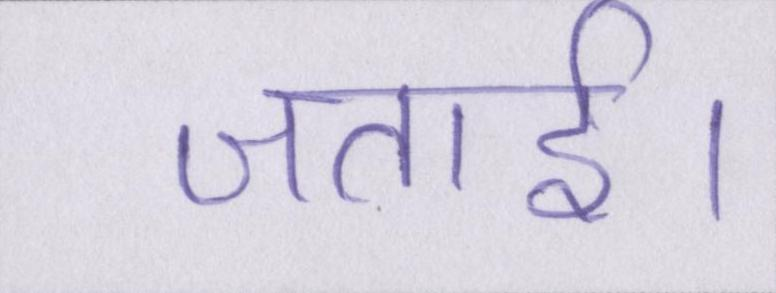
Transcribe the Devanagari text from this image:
जताई।